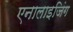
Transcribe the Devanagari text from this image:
एनालाइजिंग